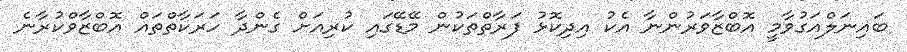
ބައިނަލްއަގުވާމީ އޮބްޒާވަރުންނާ އެކު އިދިކޮޅު ފަރާތްތަކުން މޭޑޭގައި ކުރިއަށް ގެންދާ ހަރަކާތްތައް އޮބްޒާވްކުރާނެ